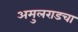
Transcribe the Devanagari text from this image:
अमुलराडचा